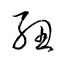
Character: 紐